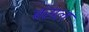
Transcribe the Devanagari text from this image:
बसल